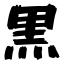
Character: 黒